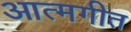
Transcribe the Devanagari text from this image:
आत्मगीत